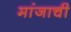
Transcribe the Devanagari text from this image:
मांजाची